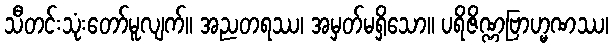
သီတင်းသုံးတော်မူလျက်။ အညတရဿ၊ အမှတ်မရှိသော။ ပရိဇိဏ္ဏဗြာဟ္မဏဿ၊